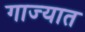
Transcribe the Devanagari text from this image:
गाज्यात